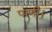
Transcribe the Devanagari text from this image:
पाणी।